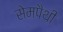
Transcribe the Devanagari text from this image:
सेमपैथी